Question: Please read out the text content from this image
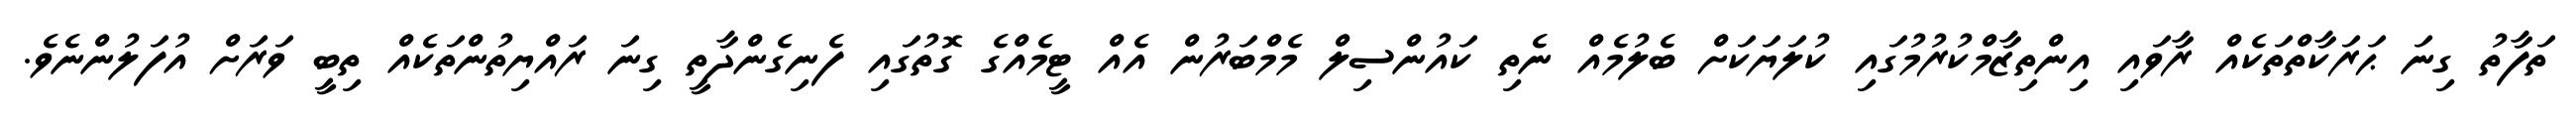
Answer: ތަފާތު ގިނަ ޙަރަކާތްތަކެއް ރާވައި އިންތިޒާމްކުރުމުގައި ކުލަޔަކަށް ބެލުމެއް ނެތި ކައުންސިލް މެމްބަރުން އެއް ޓީމެއްގެ ގޮތުގައި ފެނިގެންދާތީ ގިނަ ރައްޔިތުންތަކެއް ތިބީ ވަރަށް އުފަލުންނެވެ.